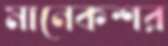
মানেকশর